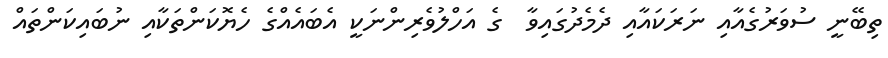
ތިބޭނީ ސުވަރުގެއާއި ނަރަކައާއި ދެމެދުގައިވާ  ގެ އަހްލުވެރިންނަކީ އެބައެއްގެ ހެޔޮކަންތަކާއި ނުބައިކަންތައް